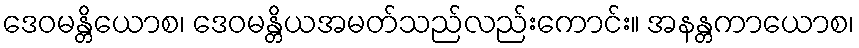
ဒေဝမန္တိယောစ၊ ဒေဝမန္တိယအမတ်သည်လည်းကောင်း။ အနန္တကာယောစ၊